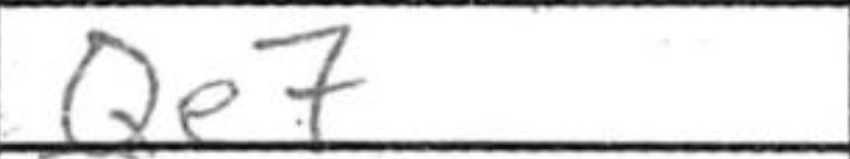
Transcription: Qe7